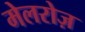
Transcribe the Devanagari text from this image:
मेलरोज़